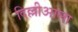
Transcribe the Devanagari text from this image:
दिल्लीआला